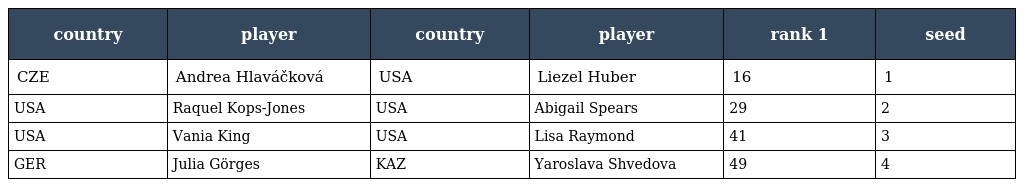
| country | player | country | player | rank 1 | seed |
 | --- | --- | --- | --- | --- | --- |
 | CZE | Andrea Hlaváčková | USA | Liezel Huber | 16 | 1 |
 | USA | Raquel Kops-Jones | USA | Abigail Spears | 29 | 2 |
 | USA | Vania King | USA | Lisa Raymond | 41 | 3 |
 | GER | Julia Görges | KAZ | Yaroslava Shvedova | 49 | 4 |